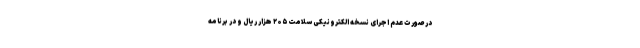
در صورت عدم اجرای نسخه الکترونیکی سلامت ۲۰۵ هزار ریال و در برنامه